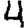
Digit: 4